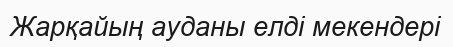
Жарқайың ауданы елді мекендері